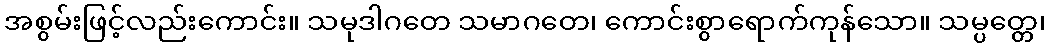
အစွမ်းဖြင့်လည်းကောင်း။ သမုဒါဂတေ သမာဂတေ၊ ကောင်းစွာရောက်ကုန်သော။ သမ္ပတ္တေ၊